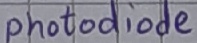
Text: photodiode